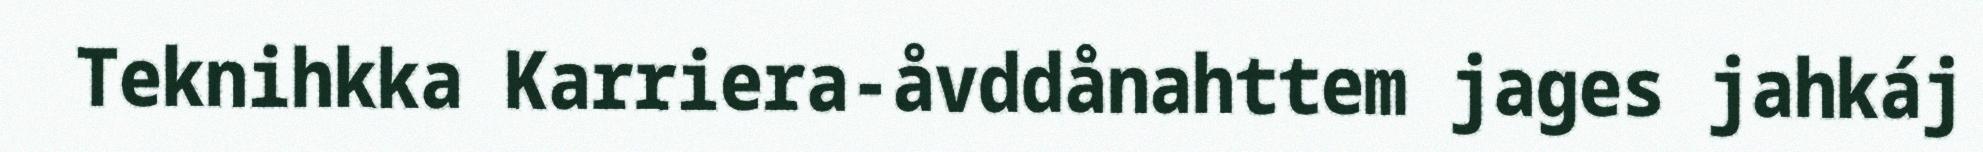
Teknihkka Karriera-åvddånahttem jages jahkáj